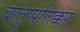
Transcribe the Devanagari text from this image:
चात्तुप्पणिक्कर